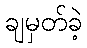
ချမှတ်ခဲ့